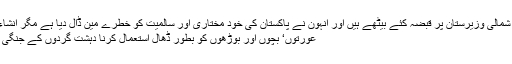
غیرملکی دہشت گرد شمالی وزیرستان پر قبضہ کئے بیٹھے ہیں اور انہون نے پاکستان کی خود مختاری اور سالمیت کو خطرے مین ڈال دیا ہے مگر انشاء اللہ ایسا نہیں ہو گا .
عورتوں‘ بچوں اور بوڑھوں کو بطور ڈھال استعمال کرنا دہشت گردوں کے جنگی حربوں کا حصہ ہے۔